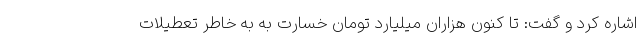
اشاره کرد و گفت: تا کنون هزاران میلیارد تومان خسارت به به خاطر تعطیلات